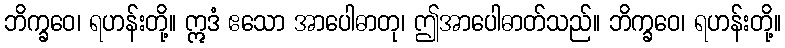
ဘိက္ခဝေ၊ ရဟန်းတို့။ ဣဒံ ဧသော အာပေါဓာတု၊ ဤအာပေါဓာတ်သည်။ ဘိက္ခဝေ၊ ရဟန်းတို့။